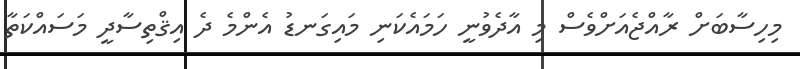
މިހިސާބަށް ރާއްޖެއަށްވެސް މި އާދެވުނީ ހަމައެކަނި މައިގަނޑު އެންމެ ދެ އިޤްތިސާދީ މަސައްކަތާ